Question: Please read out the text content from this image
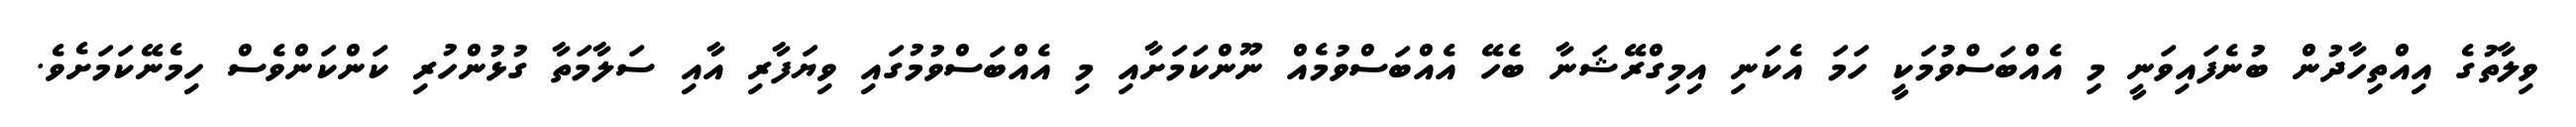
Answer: ވިލާތުގެ އިއްތިހާދުން ބުނެފައިވަނީ މި އެއްބަސްވުމަކީ ހަމަ އެކަނި އިމިގްރޭޝަނާ ބެހޭ އެއްބަސްވުމެއް ނޫންކަމަށާއި މި އެއްބަސްވުމުގައި ވިޔަފާރި އާއި ސަލާމަތާ ގުޅުންހުރި ކަންކަންވެސް ހިމެނޭކަމަށެވެ.